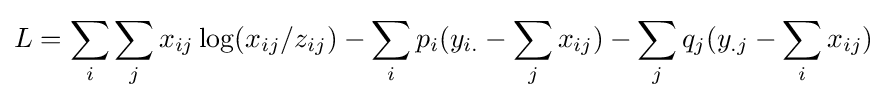
L=\sum _{i}\sum _{j}x_{ij}\log(x_{ij}/z_{ij})-\sum _{i}p_{i}(y_{i.}-\sum _{j}x_{ij})-\sum _{j}q_{j}(y_{.j}-\sum _{i}x_{ij})